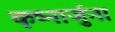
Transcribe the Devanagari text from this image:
कृष्नार्जुना